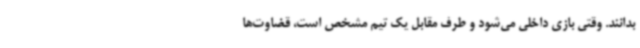
بدانند. وقتی بازی داخلی می‌شود و طرف مقابل یک تیم مشخص است، قضاوت‌ها